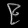
Digit: ၉